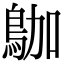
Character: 𪀁